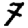
Digit: 7